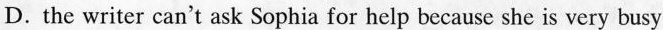
D.the writer can't ask Sophia for help because she is very busy